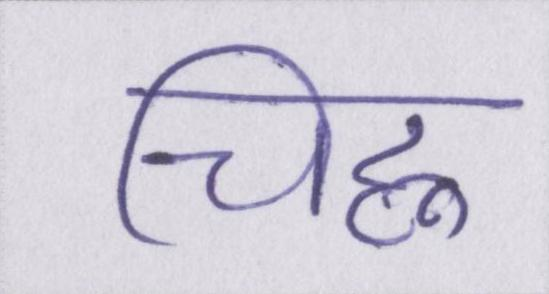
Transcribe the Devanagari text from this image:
चिह्न